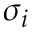
\sigma _ { i }